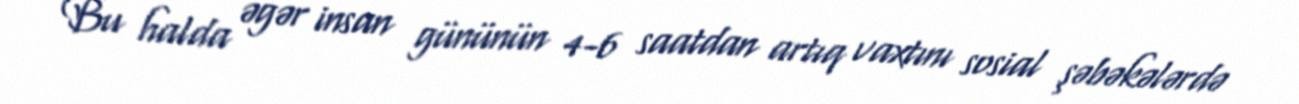
Bu halda əgər insan gününün 4-6 saatdan artıq vaxtını sosial şəbəkələrdə